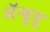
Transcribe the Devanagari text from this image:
अॅन्ड्र्यू